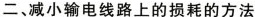
二、减小输电线路上的损耗的方法